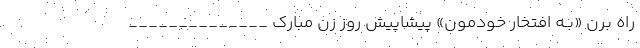
راه برن‌‌ «بـه افتخار خودمون» پیشاپیش روز زن مبارک ______________